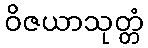
ဝိဇယာသုတ္တံ